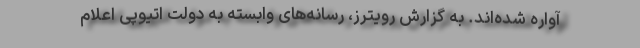
آواره شده‌اند. به گزارش رویترز، رسانه‌های وابسته به دولت اتیوپی اعلام